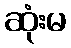
ဆုံးမ